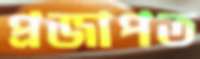
প্রজাপত